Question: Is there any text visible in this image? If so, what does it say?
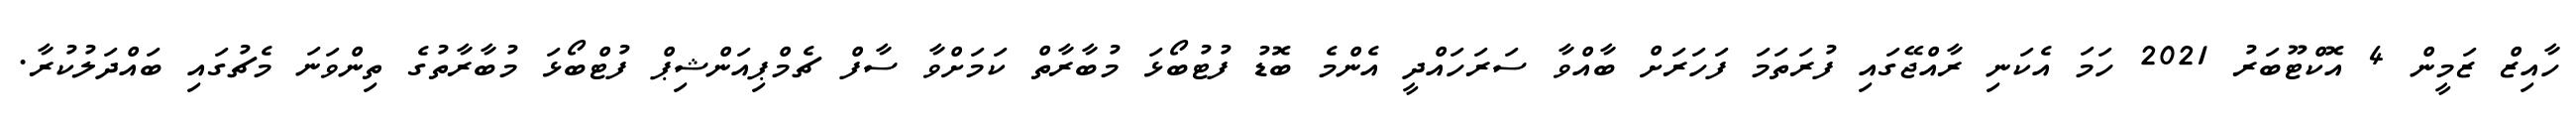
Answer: ހާއިޒް ޒަމީން 4 އޮކްޓޫބަރު 2021 ހަމަ އެކަނި ރާއްޖޭގައި ފުރަތަމަ ފަހަރަށް ބާއްވާ ސަރަހައްދީ އެންމެ ބޮޑު ފުޓުބޯޅަ މުބާރާތް ކަމަށްވާ ސާފް ޗެމްޕިއަންޝިޕް ފުޓްބޯޅަ މުބާރާތުގެ ތިންވަނަ މެޗުގައި ބައްދަލުކުރާ.